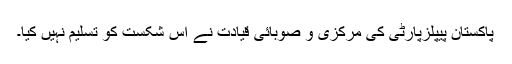
پاکستان پیپلزپارٹی کی مرکزی و صوبائی قیادت نے اس شکست کو تسلیم نہیں کیا۔